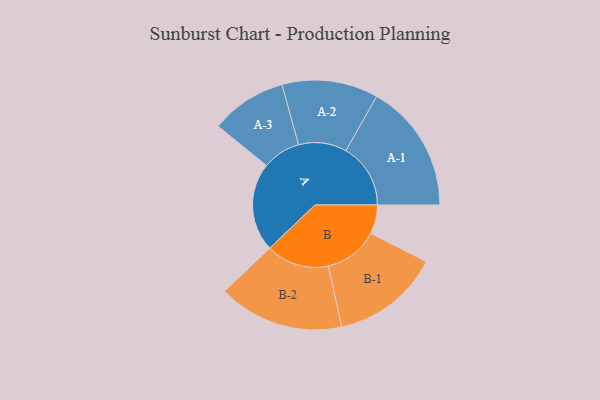
{"axis": {"x": "Segment", "y": "Value"}, "legend": ["", "A", "B"], "data": [{"x": "A", "y": 405, "type": ""}, {"x": "B", "y": 132, "type": ""}, {"x": "A-1", "y": 296, "type": "A"}, {"x": "A-2", "y": 220, "type": "A"}, {"x": "A-3", "y": 174, "type": "A"}, {"x": "B-1", "y": 248, "type": "B"}, {"x": "B-2", "y": 288, "type": "B"}]}